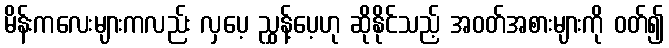
မိန်းကလေးများကလည်း လှပေ့ ညွှန့်ပေ့ဟု ဆိုနိုင်သည့် အဝတ်အစားများကို ဝတ်၍